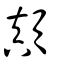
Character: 顛